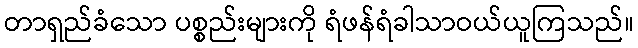
တာရှည်ခံသော ပစ္စည်းများကို ရံဖန်ရံခါသာဝယ်ယူကြသည်။